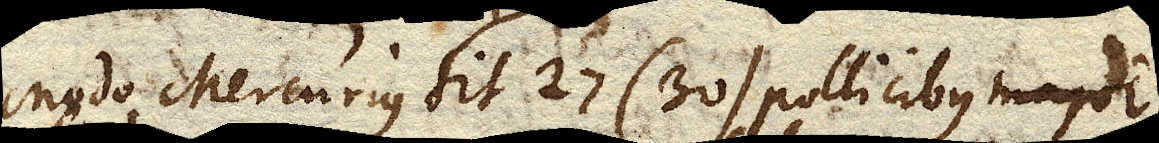
Modo Mercurius sit 27 (30) pollicibus